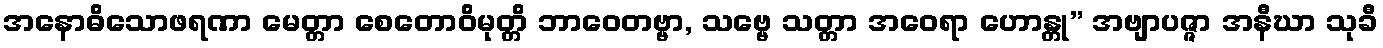
အနောဓိသောဖရဏာ မေတ္တာ စေတောဝိမုတ္တိ ဘာဝေတဗ္ဗာ, သဗ္ဗေ သတ္တာ အဝေရာ ဟောန္တု” အဗျာပဇ္ဇာ အနီဃာ သုခီ